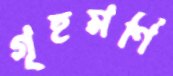
গৃহমণি